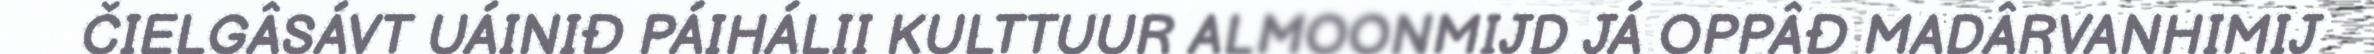
ČIELGÂSÁVT UÁINIĐ PÁIHÁLII KULTTUUR ALMOONMIJD JÁ OPPÂĐ MADÂRVANHIMIJ